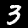
Digit: 3